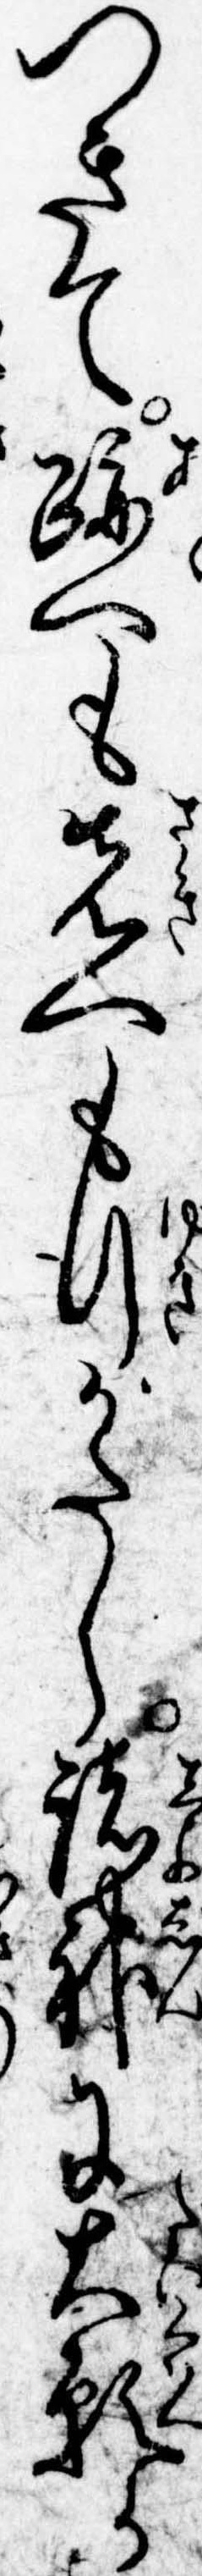
つきて跡へも先へも行がたし諸神に大願か